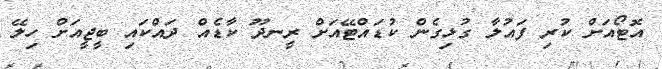
އޮޓޯއަށް ކުރި ފައުލާ ގުޅިގެން ކުޑައްޓޭއަށް ރީނދޫ ކާޑެއް ދައްކައި ބީޖީއަށް ހިލޭ